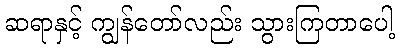
ဆရာနှင့် ကျွန်တော်လည်း သွားကြတာပေါ့